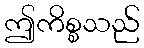
ဤကိစ္စသည်